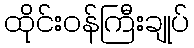
ထိုင်းဝန်ကြီးချုပ်